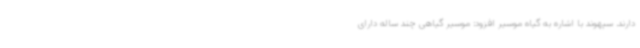
دارند. سپهوند با اشاره به گیاه موسیر افزود: موسیر گیاهی چند ساله دارای